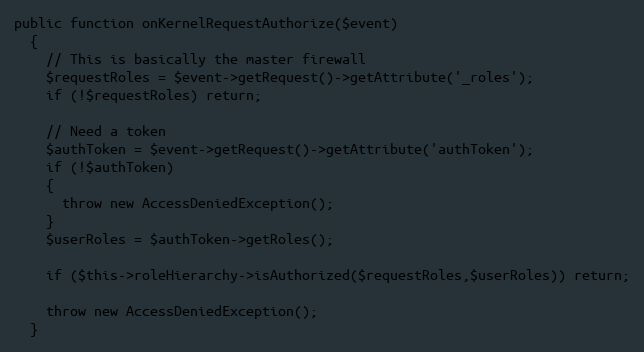
Language: PHP
public function onKernelRequestAuthorize($event)
  {
    // This is basically the master firewall
    $requestRoles = $event->getRequest()->getAttribute('_roles');
    if (!$requestRoles) return;

    // Need a token
    $authToken = $event->getRequest()->getAttribute('authToken');
    if (!$authToken)
    {
      throw new AccessDeniedException();
    }
    $userRoles = $authToken->getRoles();

    if ($this->roleHierarchy->isAuthorized($requestRoles,$userRoles)) return;

    throw new AccessDeniedException();
  }